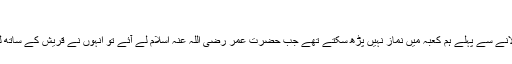
( بخاری )
حضرت عبداللہ بن مسعود رضی اللہ عنہ فرماتے ہیں کہ حضرت عمر کے اسلام لانے سے پہلے ہم کعبہ میں نماز نہیں پڑھ سکتے تھے جب حضرت عمر رضی اللہ عنہ اسلام لے آئے تو انہوں نے قریش کے ساتھ لڑائی کرکے کعبہ میں نماز اداء فرمائی اور ہم نے بھی ان کے ساتھ نماز اداء کی ۔